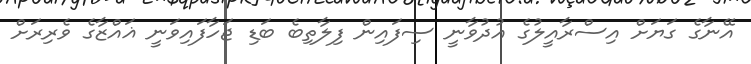
އޭނާގެ ގަޔަށް އިސްރާއީލުގެ އުދުވާނީ ސިފައިން ފިލާތިބެ ބަޑި ޖަހާފައިވަނީ ޣައްޒާގެ ވެރިރަށް